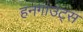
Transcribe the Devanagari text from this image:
हनगाउट्स